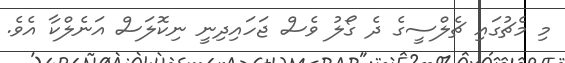
މި މެޗުގައި ޗެލްސީގެ ދެ ގޯލު ވެސް ޖަހައިދިނީ ނިކޮލަސް އަނެލްކާ އެވެ.